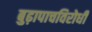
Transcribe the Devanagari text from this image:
बुढ़ापाचविरोधी